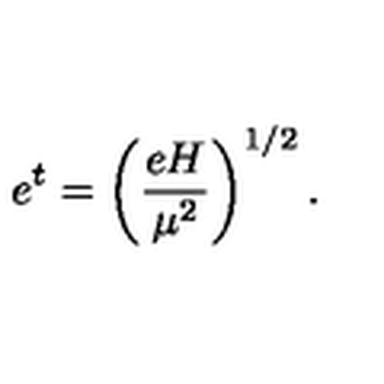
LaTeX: e ^ { t } = \left( \frac { e H } { \mu ^ { 2 } } \right) ^ { 1 / 2 } .